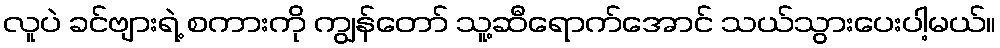
လူပဲ ခင်ဗျားရဲ့ စကားကို ကျွန်တော် သူ့ဆီရောက်အောင် သယ်သွားပေးပါ့မယ်။